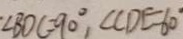
\angle B O C = 9 0 ^ { \circ } , \angle C D E = 6 0 ^ { \circ }